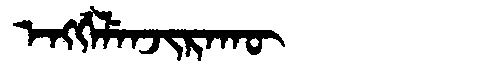
Manchu: ᡝᠩᡤᡝᠯᡝᠨᠵᡳᡵᠠᡴᡡ
Romanization: ENGGELENJIRAKŪ